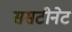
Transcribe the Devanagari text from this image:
ससटीनेट